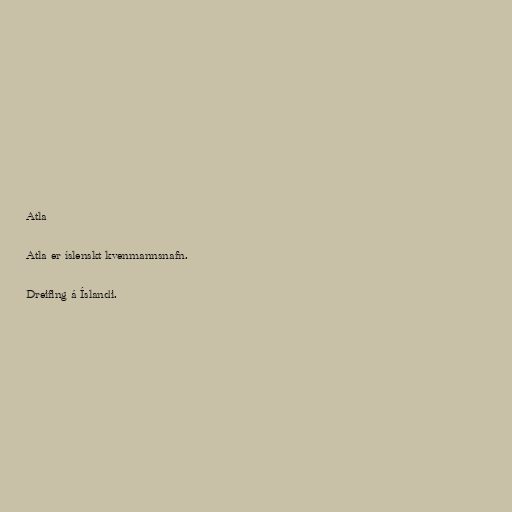
Atla

Atla er íslenskt kvenmannsnafn.

Dreifing á Íslandi.